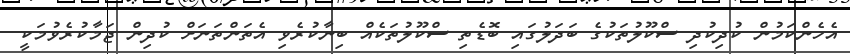
އެހެންކަމުން ކުދިކުދި ސްކޫލުތަކުގެ ބަދަލުގައި ބޮޑެތި ސްކޫލުތަކެއް ބިނާކުރެވި އެތަންތަނަށް ކުދިން ޖަމާކުރެވުމަކީ